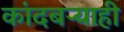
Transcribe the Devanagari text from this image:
कांदबऱ्याही